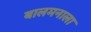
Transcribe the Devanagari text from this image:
बालमनाला